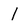
Character: 1